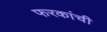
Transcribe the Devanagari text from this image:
फरकांची